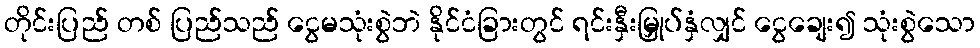
တိုင်းပြည် တစ် ပြည်သည် ငွေမသုံးစွဲဘဲ နိုင်ငံခြားတွင် ရင်းနှီးမြှုပ်နှံလျှင် ငွေချေး၍ သုံးစွဲသော